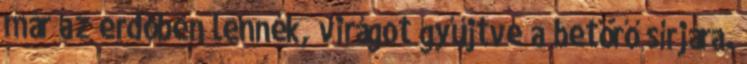
már az erdőben lennék, virágot gyűjtve a betörő sírjára.